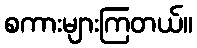
စကားများကြတယ်။